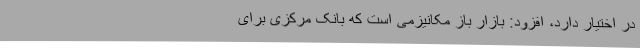
در اختیار دارد، افزود: بازار باز مکانیزمی است که بانک مرکزی برای